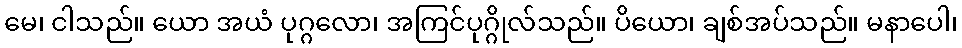
မေ၊ ငါသည်။ ယော အယံ ပုဂ္ဂလော၊ အကြင်ပုဂ္ဂိုလ်သည်။ ပိယော၊ ချစ်အပ်သည်။ မနာပေါ၊